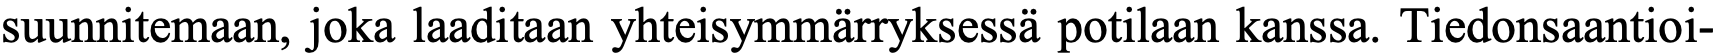
suunnitemaan, joka laaditaan yhteisymmärryksessä potilaan kanssa. Tiedonsaantioi-